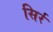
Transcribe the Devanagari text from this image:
सिर्र